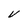
Character: v